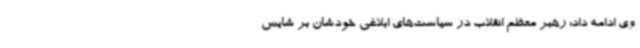
وی ادامه داد: رهبر معظم انقلاب در سیاست‌های ابلاغی خودشان بر شایس